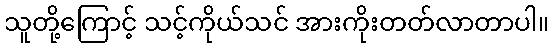
သူတို့ကြောင့် သင့်ကိုယ်သင် အားကိုးတတ်လာတာပါ။